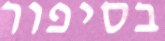
בסיפור